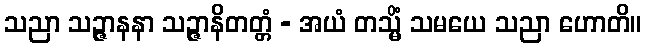
သညာ သဉ္ဇာနနာ သဉ္ဇာနိတတ္တံ - အယံ တသ္မိံ သမယေ သညာ ဟောတိ။